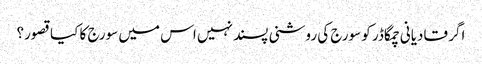
اگر قادیانی چمگاڈر کو سورج کی روشنی پسند نہیں اس میں سورج کا کیا قصور؟